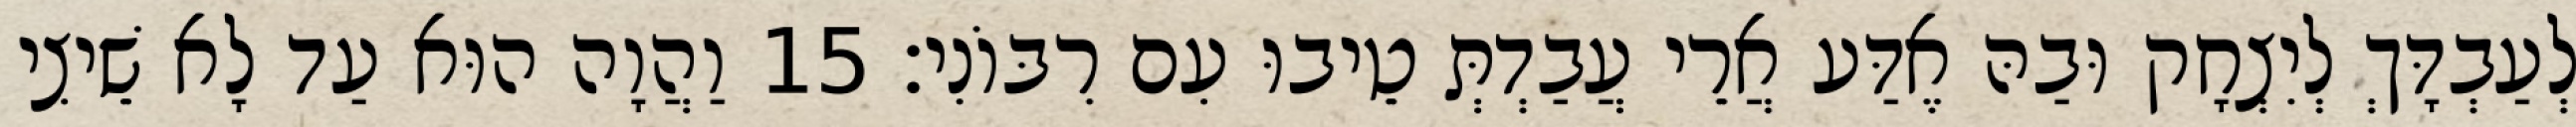
לְעַבְדָּךְ לְיִצְחָק וּבַהּ אֶדַּע אֲרֵי עֲבַדְתְּ טֵיבוּ עִם רִבּוֹנִי׃ 15 וַהֲוָה הוּא עַד לָא שֵׁיצִי